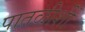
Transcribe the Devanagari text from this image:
पातळीशीं